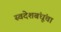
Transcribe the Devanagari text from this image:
स्वदेशबंधूंचा